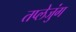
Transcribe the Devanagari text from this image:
तप्लेजुंग